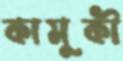
কামুকী